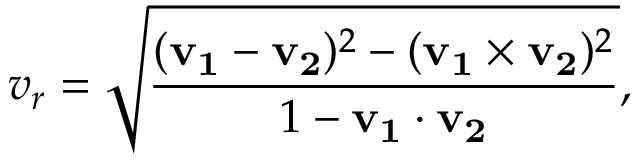
v _ { r } = { \sqrt { \frac { ( \mathbf { v _ { 1 } } - \mathbf { v _ { 2 } } ) ^ { 2 } - ( \mathbf { v _ { 1 } } \times \mathbf { v _ { 2 } } ) ^ { 2 } } { 1 - \mathbf { v _ { 1 } } \cdot \mathbf { v _ { 2 } } } } } ,